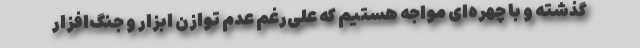
گذشته و با چهره‌ای مواجه هستیم که علی‌رغم عدم توازن ابزار و جنگ‌افزار